Vaccination in Bombay 1874-1876 - 1874-1876
Year: 1874
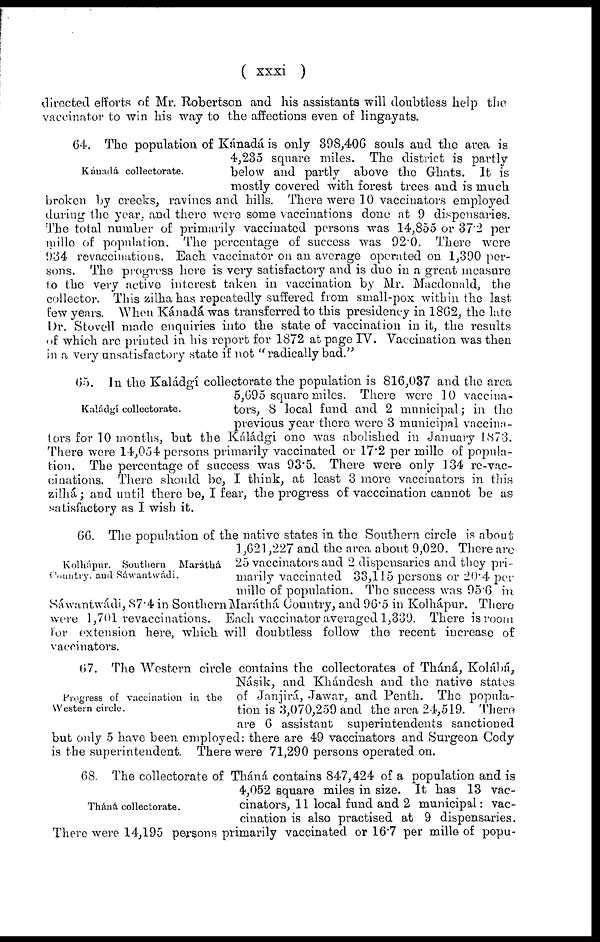
( xxxi )
directed efforts of Mr. Robertson and his assistants will doubtless help the
vaccinator to win his way to the affections even of lingayats.
Kánadá collectorate.
64. The population of Kánadá is only 398,406 souls and the area is
4,235 square miles. The district is partly
below and partly above the Ghats. It is
mostly covered with forest trees and is much
broken by creeks, ravines and hills. There were 10 vaccinators employed
during the year, and there were some vaccinations done at 9 dispensaries.
The total number of primarily vaccinated persons was 14,855 or 37.2 per
mille of population. The percentage of success was 92.0. There were
934 revaccinations. Each vaccinator on an average operated on 1,390 per-
sons. The progress here is very satisfactory and is due in a great measure
to the very active interest taken in vaccination by Mr. Macdonald, the
collector. This zilha has repeatedly suffered from small-pox within the last
few years. When Kánadá was transferred to this presidency in 1862, the late
Dr. Stovell made enquiries into the state of vaccination in it, the results
of which are printed in his report for 1872 at page IV. Vaccination was then
in a very unsatisfactory state if not "radically bad."
Kaládgí collectorate.
65. In the Kaládgi collectorate the population is 816,037 and the area
5,695 square miles. There were 10 vaccina-
tors, 8 local fund and 2 municipal; in the
previous year there were 3 municipal vaccina-
tors for 10 months, but the Káládgi one was abolished in January 1873.
There were 14,054 persons primarily vaccinated or 17.2 per mille of popula-
tion. The percentage of success was 93.5. There were only 134 re-vac-
cinations. There should be, I think, at least 3 more vaccinators in this
zilhá; and until there be, I fear, the progress of vacccination cannot be as
satisfactory as I wish it.
Kolhápur, Southern Maráthá
Country, and Sáwantwádi.
66. The population of the native states in the Southern circle is about
1 ,621,227 and the area about 9,020. There are
25 vaccinators and 2 dispensaries and they pri-
marily vaccinated 33,115 persons or 20.4 per
mille of population. The success was 95.6 in
Sáwantwádi, 87.4 in Southern Maráthá Country, and 96.5 in Kolhápur. There
were 1,701 revaccinations. Each vaccinator averaged 1,339. There is room
for extension here, which will doubtless follow the recent increase of
vaccinators.
Progress of vaccination in the
Western circle.
67. The Western circle contains the collectorates of Tháná, Kolábá,
Násik, and Khándesh and the native states
of Janjirá, Jawar, and Penth. The popula-
tion is 3,070,259 and the area 24,519. There
are 6 assistant superintendents sanctioned
but only 5 have been employed: there are 49 vaccinators and Surgeon Cody
is the superintendent. There were 71,290 persons operated on.
Tháná collectorate.
68. The collectorate of Tháná contains 847,424 of a population and is
4,052 square miles in size. It has 13 vac-
cinators, 11 local fund and 2 municipal: vac-
cination is also practised at 9 dispensaries.
There were 14,195 persons primarily vaccinated or 16.7 per mille of popu-